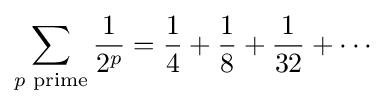
\sum _{p{\text{ prime}}}{\frac {1}{2^{p}}}={\frac {1}{4}}+{\frac {1}{8}}+{\frac {1}{32}}+\cdots